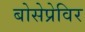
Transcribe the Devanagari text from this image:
बोसेप्रेविर